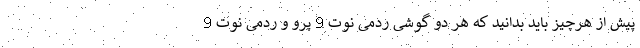
پیش از هرچیز باید بدانید که هر دو گوشی ردمی نوت 9 پرو و ردمی نوت 9